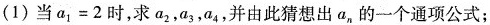
(1)当$$a _ { 1 } = 2$$时，求a_{2}，a_{3}，a_{4}，并由此猜想出a，的一个通项公式；